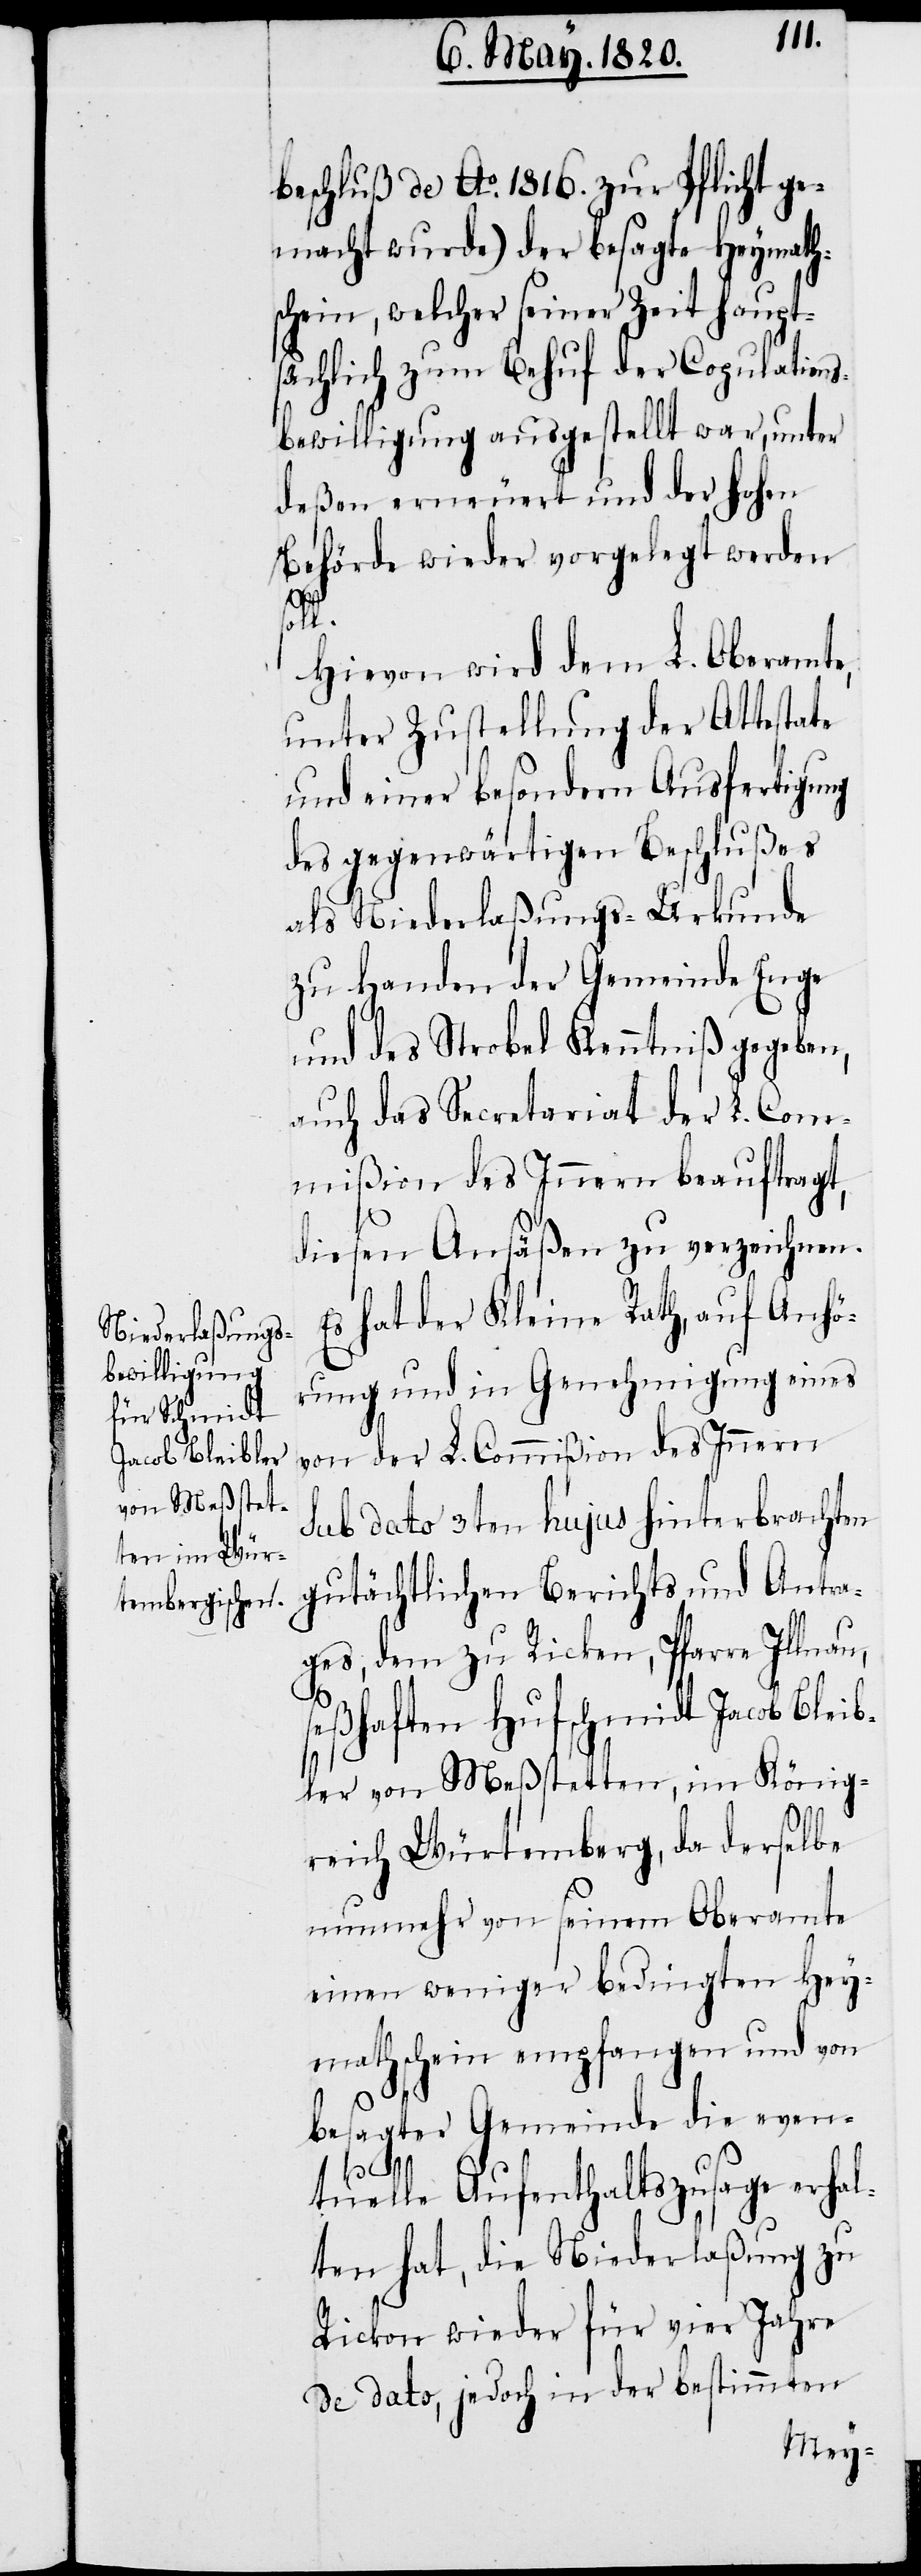
beschluß de Ao. 1816. zur Pflicht ge¬
macht wurde) der besagte Heymath¬
schein, welcher seiner Zeit haupt¬
sächlich zum Behuf der Copulation¬
sbewilligung ausgestellt war, unter
deßen erneuert und der Hohen
Behörde wieder vorgelegt werden
au,
Hievon wird dem L. Oberamte,
unter Zustellung der Attestate
und einer besondern Ausfertigung
des gegenwärtigen Beschlußes
als Niederlaßungs-Urkunde
zu Handen der Gemeinde Enge
und des Strobel Kenntniβ gegeben,
auch das Secretariat der L. Com¬
mißion des Innern beauftragt,
diesen Ansäßen zu verzeichnen.
Es hat der Kleine Rath, auf Anhö¬
rung und in Genehmigung eines
von der L. Commiβion des Innern
sub dato 3ten hujus hinterbrachten
gutächtlichen Berichts und Antra¬
ges, dem zu Ricken, Pfarre Illn¬
seßhaften Hufschmidt Jacob Blei¬
bler von Meßstetten, im König¬
reich Würtemberg, da derselbe
nunmehr von seinem Oberamte
einen weniger bedingten Hey¬
mathschein empfangen und von
besagter Gemeinde die even¬
tuelle Aufenthaltszusage erhal¬
ten hat, die Niederlaßung zu
Ricken wieder für vier Jahre
de dato, jedoch in der bestimmten